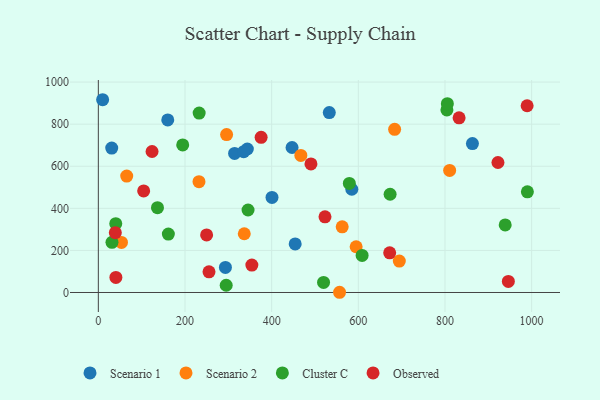
{"axis": {"x": "Experience", "y": "Exam Score"}, "legend": ["Cluster C", "Observed", "Scenario 1", "Scenario 2"], "data": [{"x": "343.9", "y": 682.0, "type": "Scenario 1"}, {"x": "863.4", "y": 707.9, "type": "Scenario 1"}, {"x": "454.3", "y": 231.0, "type": "Scenario 1"}, {"x": "293.3", "y": 119.2, "type": "Scenario 1"}, {"x": "533.0", "y": 855.3, "type": "Scenario 1"}, {"x": "9.9", "y": 916.2, "type": "Scenario 1"}, {"x": "314.5", "y": 660.9, "type": "Scenario 1"}, {"x": "585.0", "y": 490.6, "type": "Scenario 1"}, {"x": "30.9", "y": 686.6, "type": "Scenario 1"}, {"x": "447.1", "y": 689.1, "type": "Scenario 1"}, {"x": "335.5", "y": 669.4, "type": "Scenario 1"}, {"x": "400.8", "y": 451.9, "type": "Scenario 1"}, {"x": "160.2", "y": 820.1, "type": "Scenario 1"}, {"x": "683.8", "y": 775.3, "type": "Scenario 2"}, {"x": "562.8", "y": 312.2, "type": "Scenario 2"}, {"x": "467.4", "y": 651.3, "type": "Scenario 2"}, {"x": "694.6", "y": 149.4, "type": "Scenario 2"}, {"x": "232.3", "y": 526.9, "type": "Scenario 2"}, {"x": "595.0", "y": 217.4, "type": "Scenario 2"}, {"x": "556.7", "y": 1.0, "type": "Scenario 2"}, {"x": "53.4", "y": 238.1, "type": "Scenario 2"}, {"x": "296.0", "y": 750.7, "type": "Scenario 2"}, {"x": "65.5", "y": 553.1, "type": "Scenario 2"}, {"x": "810.8", "y": 580.0, "type": "Scenario 2"}, {"x": "336.8", "y": 279.1, "type": "Scenario 2"}, {"x": "608.8", "y": 176.3, "type": "Cluster C"}, {"x": "519.8", "y": 48.0, "type": "Cluster C"}, {"x": "804.5", "y": 867.7, "type": "Cluster C"}, {"x": "194.7", "y": 701.2, "type": "Cluster C"}, {"x": "805.5", "y": 897.2, "type": "Cluster C"}, {"x": "990.2", "y": 478.6, "type": "Cluster C"}, {"x": "40.2", "y": 327.1, "type": "Cluster C"}, {"x": "31.5", "y": 238.5, "type": "Cluster C"}, {"x": "673.4", "y": 467.0, "type": "Cluster C"}, {"x": "232.7", "y": 852.8, "type": "Cluster C"}, {"x": "295.1", "y": 34.5, "type": "Cluster C"}, {"x": "579.3", "y": 518.6, "type": "Cluster C"}, {"x": "939.0", "y": 321.1, "type": "Cluster C"}, {"x": "136.5", "y": 403.3, "type": "Cluster C"}, {"x": "161.6", "y": 277.5, "type": "Cluster C"}, {"x": "345.5", "y": 392.1, "type": "Cluster C"}, {"x": "989.6", "y": 887.5, "type": "Observed"}, {"x": "832.6", "y": 830.4, "type": "Observed"}, {"x": "124.0", "y": 670.2, "type": "Observed"}, {"x": "40.5", "y": 71.8, "type": "Observed"}, {"x": "39.2", "y": 284.4, "type": "Observed"}, {"x": "523.1", "y": 359.6, "type": "Observed"}, {"x": "946.3", "y": 52.8, "type": "Observed"}, {"x": "490.7", "y": 611.1, "type": "Observed"}, {"x": "255.4", "y": 98.2, "type": "Observed"}, {"x": "249.9", "y": 273.8, "type": "Observed"}, {"x": "104.6", "y": 482.9, "type": "Observed"}, {"x": "375.7", "y": 737.5, "type": "Observed"}, {"x": "922.3", "y": 617.8, "type": "Observed"}, {"x": "672.4", "y": 188.5, "type": "Observed"}, {"x": "354.3", "y": 130.3, "type": "Observed"}]}